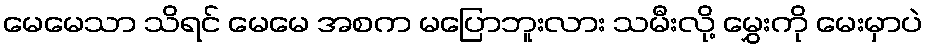
မေမေသာ သိရင် မေမေ အစက မပြောဘူးလား သမီးလို့ မွှေးကို မေးမှာပဲ